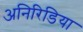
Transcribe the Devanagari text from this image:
अनिरिडिया